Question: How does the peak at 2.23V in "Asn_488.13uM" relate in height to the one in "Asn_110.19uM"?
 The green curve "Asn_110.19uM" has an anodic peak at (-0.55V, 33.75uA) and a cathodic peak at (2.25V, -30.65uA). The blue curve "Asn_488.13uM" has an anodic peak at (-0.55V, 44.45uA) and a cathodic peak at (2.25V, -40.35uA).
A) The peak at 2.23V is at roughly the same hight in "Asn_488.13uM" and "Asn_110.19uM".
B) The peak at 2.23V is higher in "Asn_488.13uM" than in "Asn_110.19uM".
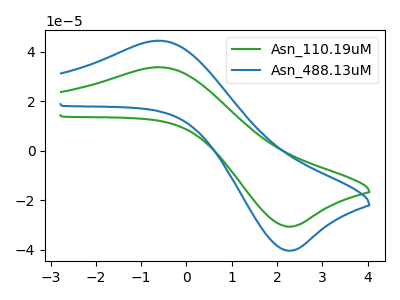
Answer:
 <answer>B) The peak at 2.23V is higher in "Asn_488.13uM" than in "Asn_110.19uM".</answer>
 <eval>B</eval>